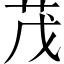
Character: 茂